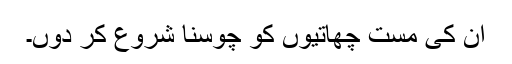
ان کی مست چھاتیوں کو چوسنا شروع کر دوں۔